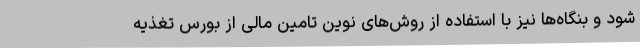
شود و بنگاه‌ها نیز با استفاده از روش‌های نوین تامین مالی از بورس تغذیه